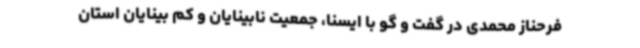
فرحناز محمدی در گفت و گو با ایسنا، جمعیت نابینایان و کم بینایان استان